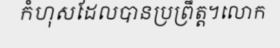
កំហុសដែលបានប្រព្រឹត្ត។លោក